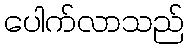
ပေါက်လာသည်